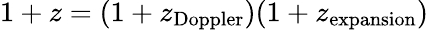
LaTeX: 1+z=(1+z_{\mathrm{Doppler}})(1+z_{\mathrm{expansion}})